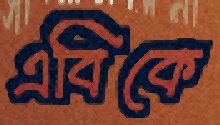
এবিকে